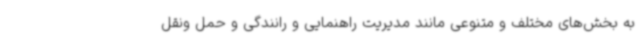
به بخش‌های مختلف و متنوعی مانند مدیریت راهنمایی و رانندگی و حمل ونقل